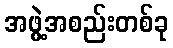
အဖွဲ့အစည်းတစ်ခု